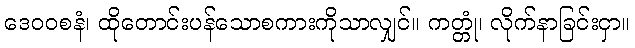
ဒေဝဝစနံ၊ ထိုတောင်းပန်သောစကားကိုသာလျှင်။ ကတ္တုံ၊ လိုက်နာခြင်းငှာ။